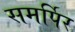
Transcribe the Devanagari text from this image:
समर्पिर